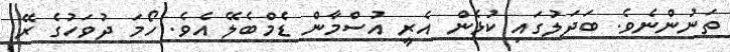
ތަނުންނެވެ. ބަދަލުގައި ކުޅެން އެރީ އުސްމާން ޑެމްބެލޭ އެވެ. ހޯމަ ދުވަހުގެ ރޭ